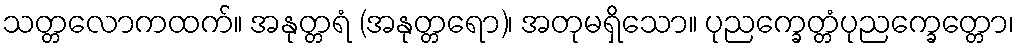
သတ္တလောကထက်။ အနုတ္တရံ (အနုတ္တရော)၊ အတုမရှိသော။ ပုညက္ခေတ္တံပုညက္ခေတ္တော၊